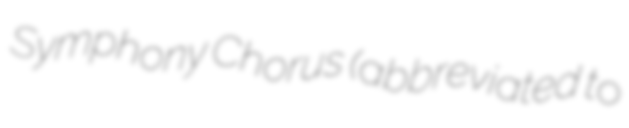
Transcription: Symphony Chorus (abbreviated to